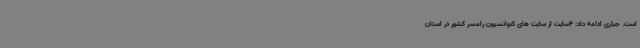
است. جباری ادامه داد: 4سایت از سایت های کنوانسیون رامسر کشور در استان